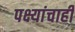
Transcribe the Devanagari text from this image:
पक्ष्यांचाही